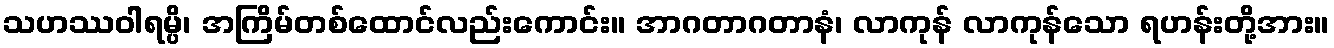
သဟဿဝါရမ္ပိ၊ အကြိမ်တစ်ထောင်လည်းကောင်း။ အာဂတာဂတာနံ၊ လာကုန် လာကုန်သော ရဟန်းတို့အား။